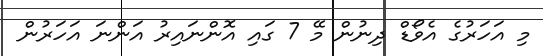
މި އަހަރުގެ އެވޯޑް ދިނުން މޭ 7 ގައި އޮންނައިރު އަންނަ އަހަރުން